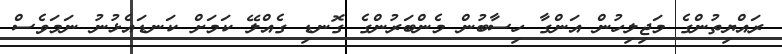
ރައްޔިތުންގެ މަޖިލިހުން އަންގާ ހިސާބުން މެންބަރުންގެ ގޮނޑި ގެއްލޭ ކަމަށް ކަނޑައެޅުނު ނަމަވެސް